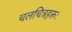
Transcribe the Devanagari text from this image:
चलचित्रहरूः